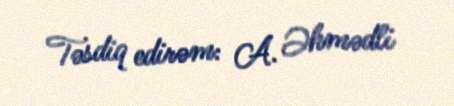
Təsdiq edirəm: A. Əhmədli